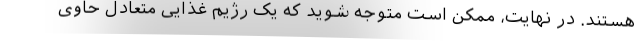
هستند. در نهایت، ممکن است متوجه شوید که یک رژیم غذایی متعادل حاوی